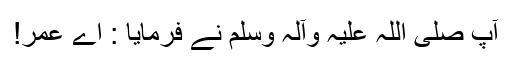
آپ صلی اللہ علیہ وآلہ وسلم نے فرمایا : اے عمر!